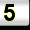
Digit: 5